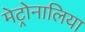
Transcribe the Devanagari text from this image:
मेट्रोनालिया